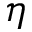
\eta